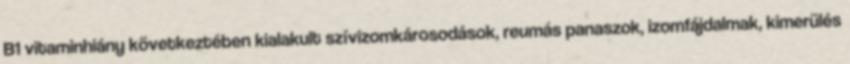
B1 vitaminhiány következtében kialakult szívizomkárosodások, reumás panaszok, izomfájdalmak, kimerülés